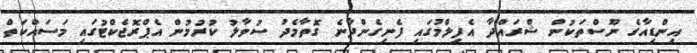
އިންޑިއާގެ ނޫސްތަކުން ޝްރައްދާ އެފިލްމުގައި ފެނިގެންދާނެ ގޮތާމެދު ސުވާލު ކުރުމުން އެޕްރޮޖެކްޓުގައި މަސައްކަތް